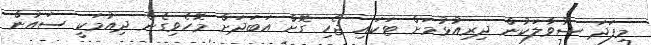
މިފަދަ ސުވާލަކުން ދިރިއުޅުމަށް ޓަކައި ޖެހި ގޮށް އަބަދަށް މޮހެވިގެން ދިއުމަކީ ސައުން